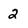
Character: 2